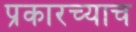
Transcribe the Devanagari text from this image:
प्रकारच्याच